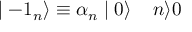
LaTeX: \mid - { 1 } _ { n } \rangle \equiv { \alpha } _ { n } \mid 0 \rangle \; \; \; \; n \rangle 0